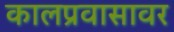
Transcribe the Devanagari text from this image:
कालप्रवासावर